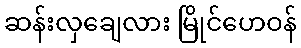
ဆန်းလှချေလား မြိုင်ဟေဝန်